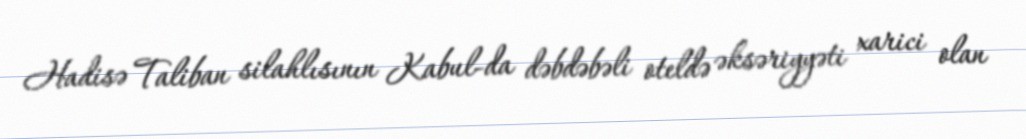
Hadisə Taliban silahlısının Kabul-da dəbdəbəli oteldə əksəriyyəti xarici olan